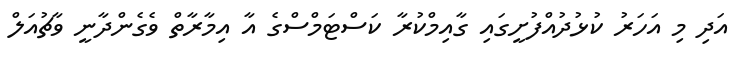
އަދި މި އަހަރު ކުޅުދުއްފުށީގައި ގާއިމްކުރާ ކަސްޓަމްސްގެ އާ އިމާރާތް ވެގެންދާނީ ވާޗުއަލް